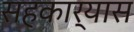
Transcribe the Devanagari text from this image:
सहकार्यास